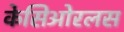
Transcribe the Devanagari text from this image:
केसिओरलस